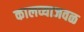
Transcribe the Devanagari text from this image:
कालव्याजवळ